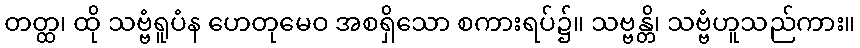
တတ္ထ၊ ထို သဗ္ဗံရူပံန ဟေတုမေဝ အစရှိသော စကားရပ်၌။ သဗ္ဗန္တိ၊ သဗ္ဗံဟူသည်ကား။